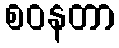
စဝနတာ